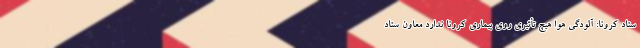
ستاد کرونا: آلودگی هوا هیچ تأثیری روی بیماری کرونا ندارد معاون ستاد